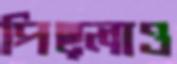
পিছ্‌লাও